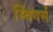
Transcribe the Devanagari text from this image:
स्विंगर्स